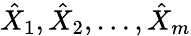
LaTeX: \hat{X}_{1},\hat{X}_{2},\ldots,\hat{X}_{m}